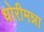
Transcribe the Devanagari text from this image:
धोरीमन्ना